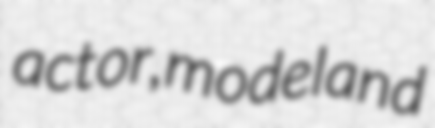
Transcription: actor, model and